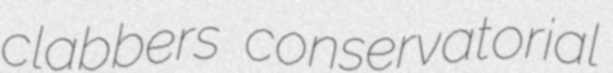
clabbers conservatorial